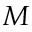
M